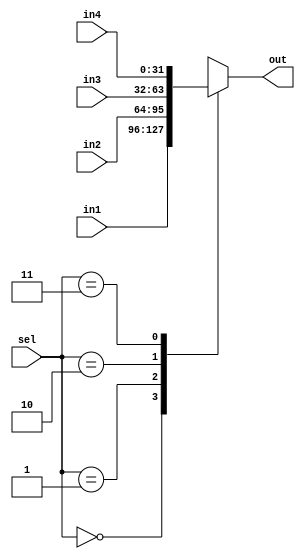

module mux4x1 #(parameter LENGTH = 32)(out, in1, in2, in3, in4, sel);

input [LENGTH-1:0] in1, in2, in3, in4;
input [1:0] sel;
output reg [LENGTH-1:0] out;

always@(*)
begin 
  case(sel)
    2'b00:  out = in1;
    2'b01:  out = in2;
    2'b10:  out = in3;
    2'b11:  out = in4;
  endcase
end 
endmodule